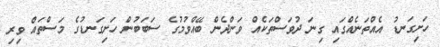
ހަށިގަނޑު އެއްތަނެއްގައި ގިނަ ދުވަސްތަކެއް ވަންދެން ބޭއްވުމުގެ ސަބަބުން ހަށިގަނޑުގެ މަސްތައް ވިރި